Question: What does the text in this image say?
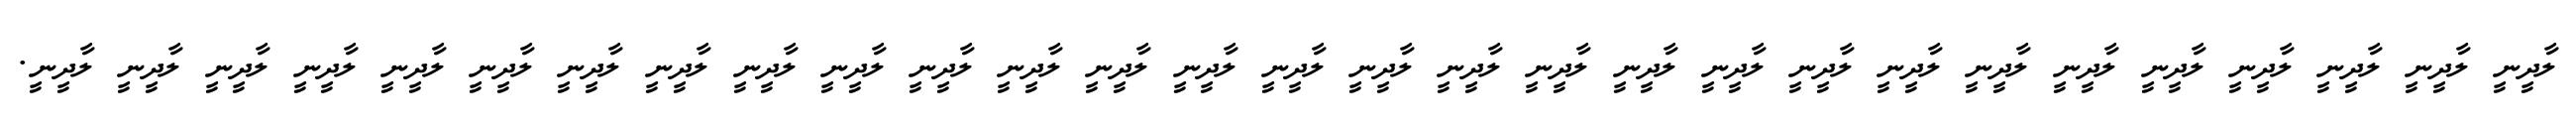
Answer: ލާދީނީ ލާދީނީ ލާދީނީ ލާދީނީ ލާދީނީ ލާދީނީ ލާދީނީ ލާދީނީ ލާދީނީ ލާދީނީ ލާދީނީ ލާދީނީ ލާދީނީ ލާދީނީ ލާދީނީ ލާދީނީ ލާދީނީ ލާދީނީ ލާދީނީ ލާދީނީ ލާދީނީ ލާދީނީ ލާދީނީ ލާދީނީ ލާދީނީ ލާދީނީ ލާދީނީ ލާދީނީ ލާދީނީ.